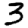
Digit: 3